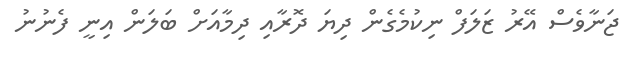
ޖަނާވެސް އޭރު ޒަލަފް ނިކުމެގެން ދިޔަ ދޮރާއި ދިމާއަށް ބަލަން އިނީ ފެނުނު